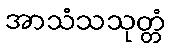
အာသံသသုတ္တံ